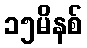
၁၅မိနစ်